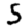
Digit: 5